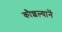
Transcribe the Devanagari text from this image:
कौशल्यानें